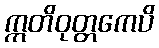
ဣတိဝုတ္တကေပိ